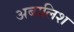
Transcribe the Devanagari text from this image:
अबालिश